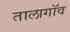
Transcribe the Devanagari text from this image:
तालागॉव